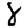
Digit: 8